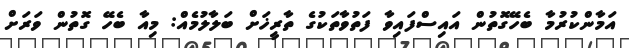
އަމާންކުރުމާ ބެހޭގޮތުން އައިސްފައިވާ ފަތުވާތަކުގެ ތާރީޚަށް ބަލާލުމެއް: މިއާ ބެހޭ ގޮތުން ވަރަށް